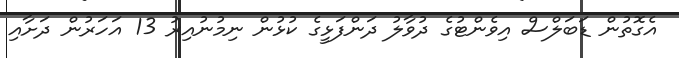
އެގޮތުން ޑަބަލްސް އިވެންޓުގެ ދުވާލު ދަންފަޅީގެ ކުޅުން ނިމުނުއިރު 13 އަހަރުން ދަށާއި